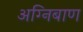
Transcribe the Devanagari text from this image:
अग्‍निबाण